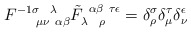
\begin{align*}F^{-1 \sigma ~~\lambda}_{~~~~\mu \nu ~\alpha \beta}\tilde F_{\lambda~~\rho}^{~\alpha \beta ~ \tau \epsilon} =\delta^\sigma_\rho \delta^\tau_\mu \delta^\epsilon_\nu\end{align*}